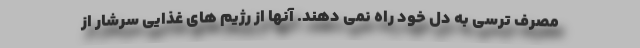
مصرف ترسی به دل خود راه نمی دهند. آنها از رژیم های غذایی سرشار از